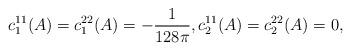
LaTeX: \begin{align*}c_1^{11}(A) = c_1^{22}(A) = -\frac{1}{128\pi},c_2^{11}(A) = c_2^{22}(A) = 0,\end{align*}